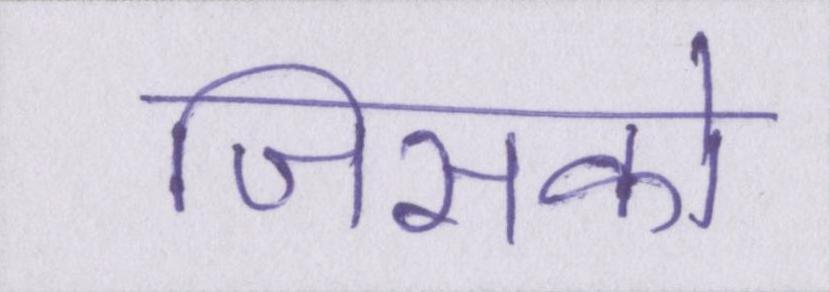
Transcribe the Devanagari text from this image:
जिसको